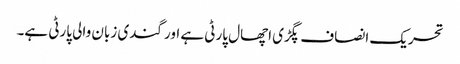
تحریک انصاف پگڑی اچھال پارٹی ہے اور گندی زبان والی پارٹی ہے۔